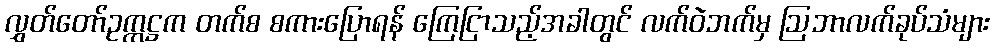
လွှတ်တော်ဥက္ကဋ္ဌက တက်စ စကားပြောရန် ကြေငြာသည့်အခါတွင် လက်ဝဲဘက်မှ ဩဘာလက်ခုပ်သံများ